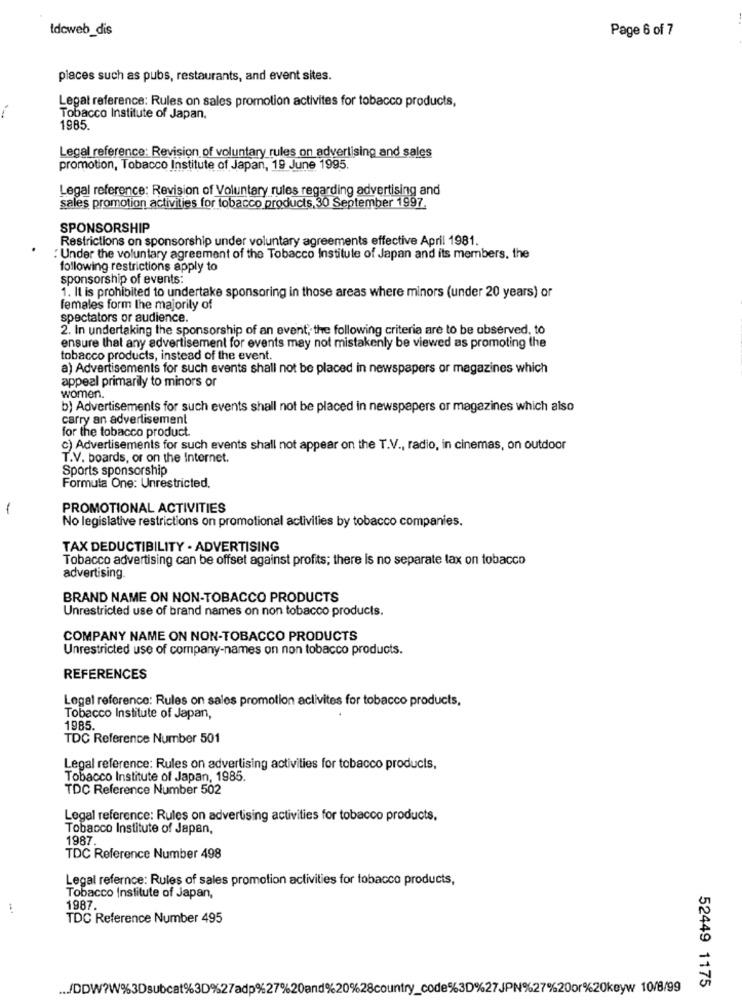
tdcweb_dis
Page 6 of 7
places such as pubs, restaurants, and event sites.
Legat reference: Rules on sales promotion activites for tobacco products,
Tobacco Institute of Japan,
1985
Legal reference: Revision of voluntary rules on advertising and sales
promotion, Tobacco Institute of Japan, 19 June 1995.
Legal reference: Revision of Voluntary rules regarding advertising and
sales promotion activities for tobacco products. 30 September 1997.
SPONSORSHIP
Restrictions on sponsorship under voluntary agreements effective April 1981.
: Under the voluntary agreement of the Tobacco Institute of Japan and its members, the
following restrictions apply to
sponsorship of events:
1. It is prohibited to undertake sponsoring in those areas where minors (under 20 years) or
females form the majority of
spectators or audience.
2. In undertaking the sponsorship of an event, the following criteria are to be observed, to
ensure that any advertisement for events may not mistakenly be viewed as promoting the
tobacco products, instead of the event.
a) Advertisements for such events shall not be placed in newspapers or magazines which
appeal primarily to minors or
women.
b) Advertisements for such events shall not be placed in newspapers or magazines which also
carry an advertisement
for the tobacco product
c) Advertisements for such events shall not appear on the T.V ., radio, in cinemas, on outdoor
T.V. boards, or on the Internet.
Sports sponsorship
Formula One: Unrestricted.
-
PROMOTIONAL ACTIVITIES
No legislative restrictions on promotional activities by tobacco companies.
TAX DEDUCTIBILITY . ADVERTISING
Tobacco advertising can be offset against profits; there is no separate tax on tobacco
advertising.
BRAND NAME ON NON-TOBACCO PRODUCTS
Unrestricted use of brand names on non tobacco products.
COMPANY NAME ON NON-TOBACCO PRODUCTS
Unrestricted use of company-names on non tobacco products.
REFERENCES
Legal reference: Rules on sales promotion activites for tobacco products,
Tobacco Institute of Japan,
1985.
TDC Reference Number 501
Legal reference: Rules on advertising activities for tobacco products,
Tobacco Institute of Japan, 1985.
TDC Reference Number 502
Legal reference: Rules on advertising activities for tobacco products.
Tobacco Institute of Japan,
1987
TDC Reference Number 498
Legal refernce: Rules of sales promotion activities for tobacco products,
Tobacco Institute of Japan,
1987.
TDC Reference Number 495
... /DDW?W%3Dsubcat%3D%27adp%27%20and%20%28country_code%3D%27JPN%27%20or%20keyw 10/8/99
52449 1175